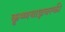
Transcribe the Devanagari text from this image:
कृष्णयाज्ञवल्की